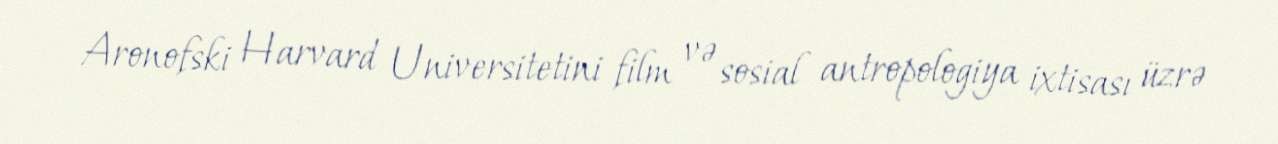
Aronofski Harvard Universitetini film və sosial antropologiya ixtisası üzrə